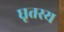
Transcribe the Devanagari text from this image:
घृतस्य